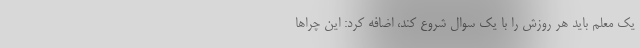
یک معلم باید هر روزش را با یک سوال شروع کند، اضافه کرد: این چراها